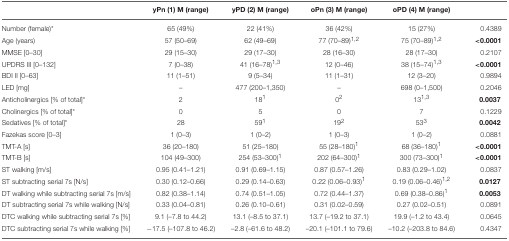
<table><thead><tr><td></td><td><b>yPn (1) M (range)</b></td><td><b>yPD (2) M (range)</b></td><td><b>oPn (3) M (range)</b></td><td><b>oPD (4) M (range)</b></td><td></td></tr></thead><tbody><tr><td>Number (female)<sup>*</sup></td><td>65 (49%)</td><td>22 (41%)</td><td>36 (42%)</td><td>15 (27%)</td><td>0.4389</td></tr><tr><td>Age (years)</td><td>57 (50–69)</td><td>62 (49–69)</td><td>77 (70–89)<sup>1,2</sup></td><td>75 (70–89)<sup>1,2</sup></td><td><b>&lt;0.0001</b></td></tr><tr><td>MMSE [0–30]</td><td>29 (15–30)</td><td>29 (17–30)</td><td>28 (16–30)</td><td>28 (17–30)</td><td>0.2107</td></tr><tr><td>UPDRS III [0–132]</td><td>7 (0–38)</td><td>41 (16–78)<sup>1,3</sup></td><td>12 (0–46)</td><td>38 (15–74)<sup>1,3</sup></td><td><b>&lt;0.0001</b></td></tr><tr><td>BDI II [0–63]</td><td>11 (1–51)</td><td>9 (5–34)</td><td>11 (1–31)</td><td>12 (3–20)</td><td>0.9894</td></tr><tr><td>LED [mg]</td><td>–</td><td>477 (200–1,350)</td><td>–</td><td>698 (0–1,500)</td><td>0.2046</td></tr><tr><td>Anticholinergics [% of total]<sup>*</sup></td><td>2</td><td>18<sup>1</sup></td><td>0<sup>2</sup></td><td>13<sup>1,3</sup></td><td><b>0.0037</b></td></tr><tr><td>Cholinergics [% of total]<sup>*</sup></td><td>0</td><td>5</td><td>0</td><td>7</td><td>0.1229</td></tr><tr><td>Sedatives [% of total]<sup>*</sup></td><td>28</td><td>59<sup>1</sup></td><td>19<sup>2</sup></td><td>53<sup>3</sup></td><td><b>0.0042</b></td></tr><tr><td>Fazekas score [0–3]</td><td>1 (0–3)</td><td>1 (0–2)</td><td>1 (0–3)</td><td>1 (0–2)</td><td>0.0881</td></tr><tr><td>TMT-A [s]</td><td>36 (20–180)</td><td>51 (25–180)</td><td>55 (28–180)<sup>1</sup></td><td>68 (36–180)<sup>1</sup></td><td><b>&lt;0.0001</b></td></tr><tr><td>TMT-B [s]</td><td>104 (49–300)</td><td>254 (53–300)<sup>1</sup></td><td>202 (64–300)<sup>1</sup></td><td>300 (73–300)<sup>1</sup></td><td><b>&lt;0.0001</b></td></tr><tr><td>ST walking [m/s]</td><td>0.95 (0.41–1.21)</td><td>0.91 (0.69–1.15)</td><td>0.87 (0.57–1.26)</td><td>0.83 (0.29–1.02)</td><td>0.0837</td></tr><tr><td>ST subtracting serial 7s [N/s]</td><td>0.30 (0.12–0.66)</td><td>0.29 (0.14–0.63)</td><td>0.22 (0.06–0.93)<sup>1</sup></td><td>0.19 (0.06–0.46)<sup>1,2</sup></td><td><b>0.0127</b></td></tr><tr><td>DT walking while subtracting serial 7s [m/s]</td><td>0.82 (0.38–1.14)</td><td>0.74 (0.51–1.05)</td><td>0.72 (0.44–1.37)</td><td>0.69 (0.38–0.86)<sup>1</sup></td><td><b>0.0053</b></td></tr><tr><td>DT subtracting serial 7s while walking [N/s]</td><td>0.33 (0.04–0.81)</td><td>0.26 (0.10–0.61)</td><td>0.31 (0.02–0.59)</td><td>0.27 (0.02–0.51)</td><td>0.0891</td></tr><tr><td>DTC walking while subtracting serial 7s [%]</td><td>9.1 (–7.8 to 44.2)</td><td>13.1 (–8.5 to 37.1)</td><td>13.7 (–19.2 to 37.1)</td><td>19.9 (–1.2 to 43.4)</td><td>0.0645</td></tr><tr><td>DTC subtracting serial 7s while walking [%]</td><td>−17.5 (–107.8 to 46.2)</td><td>–2.8 (–61.6 to 48.2)</td><td>–20.1 (–101.1 to 79.6)</td><td>–10.2 (–203.8 to 84.6)</td><td>0.4347</td></tr></tbody></table>